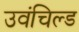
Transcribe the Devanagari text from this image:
उवंचिल्ड